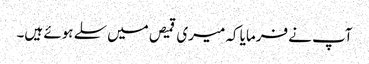
آپ نے فرمایا کہ میری قمیص میں سلے ہوئے ہیں۔